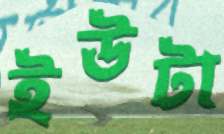
ইউটা